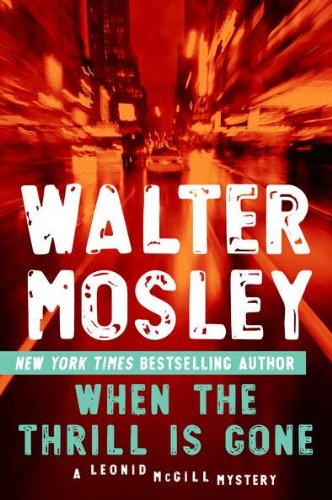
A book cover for When the Thrill Is Gone: A Leonid McGill Mystery; Walter Mosley; Mystery, Thriller & Suspense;